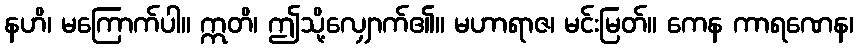
နဟိ၊ မကြောက်ပါ။ ဣတိ၊ ဤသို့လျှောက်၏။ မဟာရာဇ၊ မင်းမြတ်။ ကေန ကာရဏေန၊